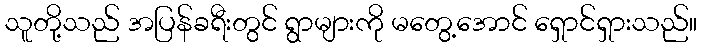
သူတို့သည် အပြန်ခရီးတွင် ရွာများကို မတွေ့အောင် ရှောင်ရှားသည်။